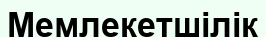
Мемлекетшілік